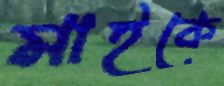
মাইকে